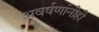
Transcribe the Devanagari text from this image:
अवर्षणांनीही